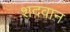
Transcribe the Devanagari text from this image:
शदवान